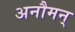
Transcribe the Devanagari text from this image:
अनौमन्